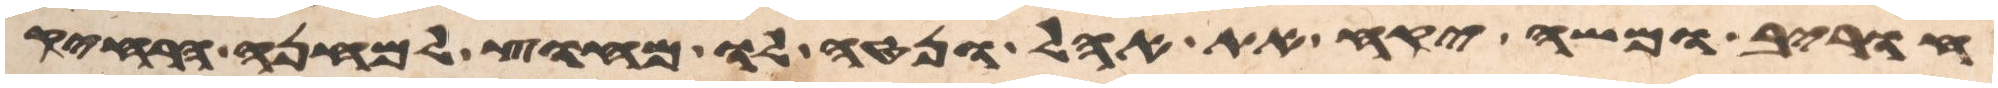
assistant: חורב ומשה יקח את האהל ונטה לו מחוץ למחנה הרחיק